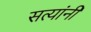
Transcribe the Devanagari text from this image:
सत्यांनी